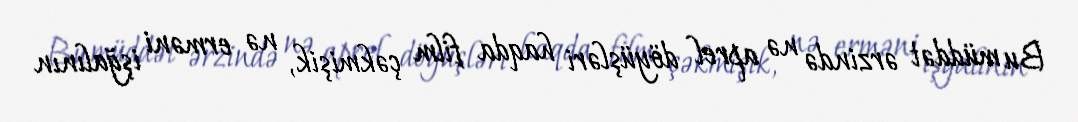
Bu müddət ərzində nə aprel döyüşləri haqda film çəkmişik, nə erməni işğalının